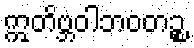
ဣတိဗ္ဘဝါဘဝတဉ္စ